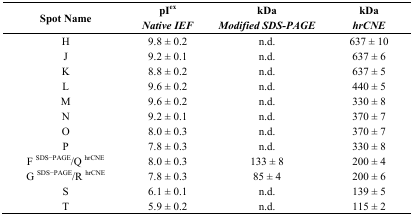
| Spot Name | pIexNative IEF | kDaModified SDS-PAGE | kDahrCNE |
 | --- | --- | --- | --- |
 | H | 9.8 ± 0.2 | n.d. | 637 ± 10 |
 | J | 9.2 ± 0.1 | n.d. | 637 ± 6 |
 | K | 8.8 ± 0.2 | n.d. | 637 ± 5 |
 | L | 9.6 ± 0.2 | n.d. | 440 ± 5 |
 | M | 9.6 ± 0.2 | n.d. | 330 ± 8 |
 | N | 9.2 ± 0.1 | n.d. | 370 ± 7 |
 | O | 8.0 ± 0.3 | n.d. | 370 ± 7 |
 | P | 7.8 ± 0.3 | n.d. | 330 ± 8 |
 | F SDS−PAGE/Q hrCNE | 8.0 ± 0.3 | 133 ± 8 | 200 ± 4 |
 | G SDS−PAGE/R hrCNE | 7.8 ± 0.3 | 85 ± 4 | 200 ± 6 |
 | S | 6.1 ± 0.1 | n.d. | 139 ± 5 |
 | T | 5.9 ± 0.2 | n.d. | 115 ± 2 |